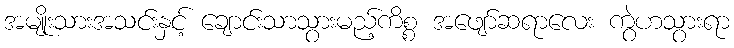
အမျိုးသားအသင်းနှင့် ချောင်းသာသွားမည့်ကိစ္စ အဖျော်ဆရာလေး ကွဲဟသွားရာ